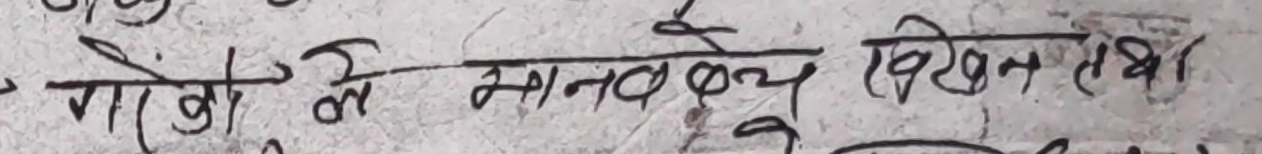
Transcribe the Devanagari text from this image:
गोष्ठियों में मानवबध विखलन तथा